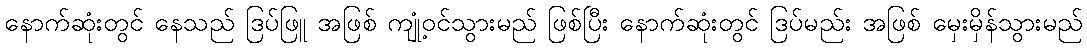
နောက်ဆုံးတွင် နေသည် ဒြပ်ဖြူ အဖြစ် ကျုံ့ဝင်သွားမည် ဖြစ်ပြီး နောက်ဆုံးတွင် ဒြပ်မည်း အဖြစ် မှေးမှိန်သွားမည်